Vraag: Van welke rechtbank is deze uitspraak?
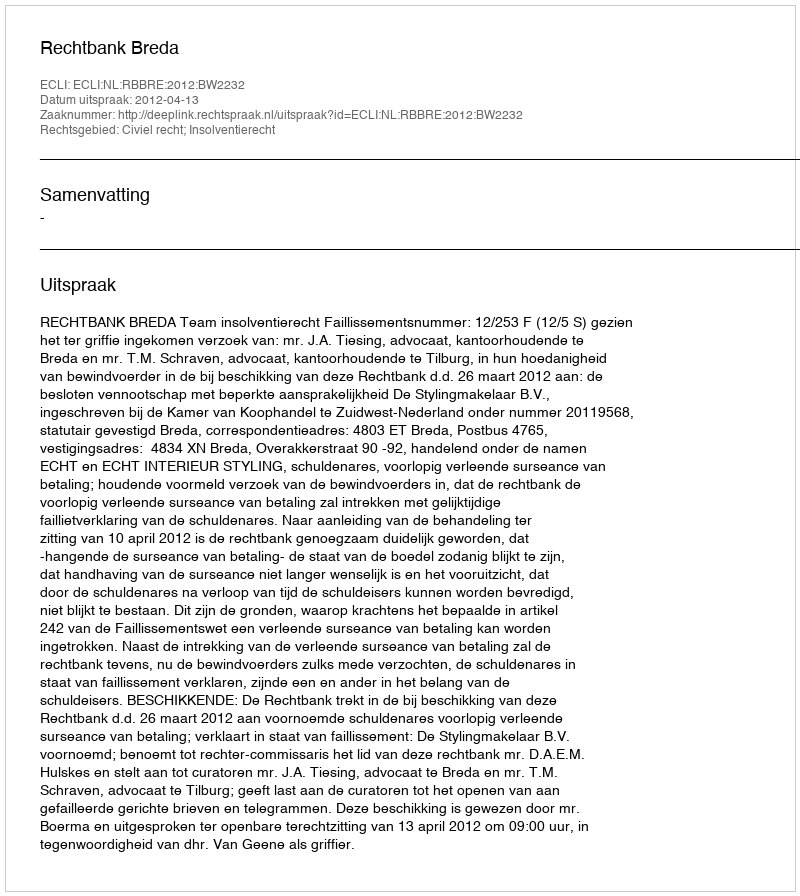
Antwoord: Rechtbank Breda